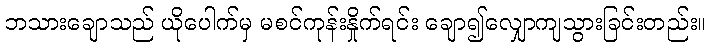
ဘသားချောသည် ယိုပေါက်မှ မစင်ကုန်းနှိုက်ရင်း ချော၍လျှောကျသွားခြင်းတည်း။